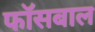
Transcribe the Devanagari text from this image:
फॉसबाल